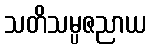
သတိသမ္ပဇညာယ